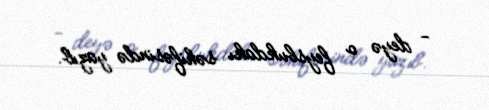
- deyə o feysbukdakı səhifəsində yazıb.